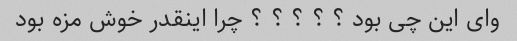
وای این چی بود ؟ ؟ ؟ ؟ ؟ چرا اینقدر خوش مزه بود